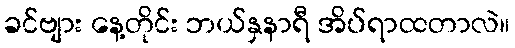
ခင်ဗျား နေ့တိုင်း ဘယ်နှနာရီ အိပ်ရာထတာလဲ။